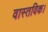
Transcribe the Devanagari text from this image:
वास्तविक।